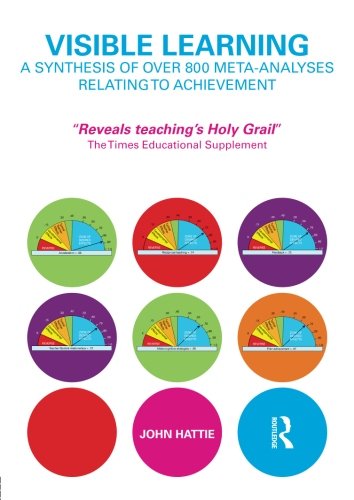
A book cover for Visible Learning: A Synthesis of Over 800 Meta-Analyses Relating to Achievement; John Hattie; Education & Teaching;